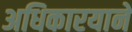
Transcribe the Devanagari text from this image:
अधिकारयाने